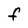
Character: F